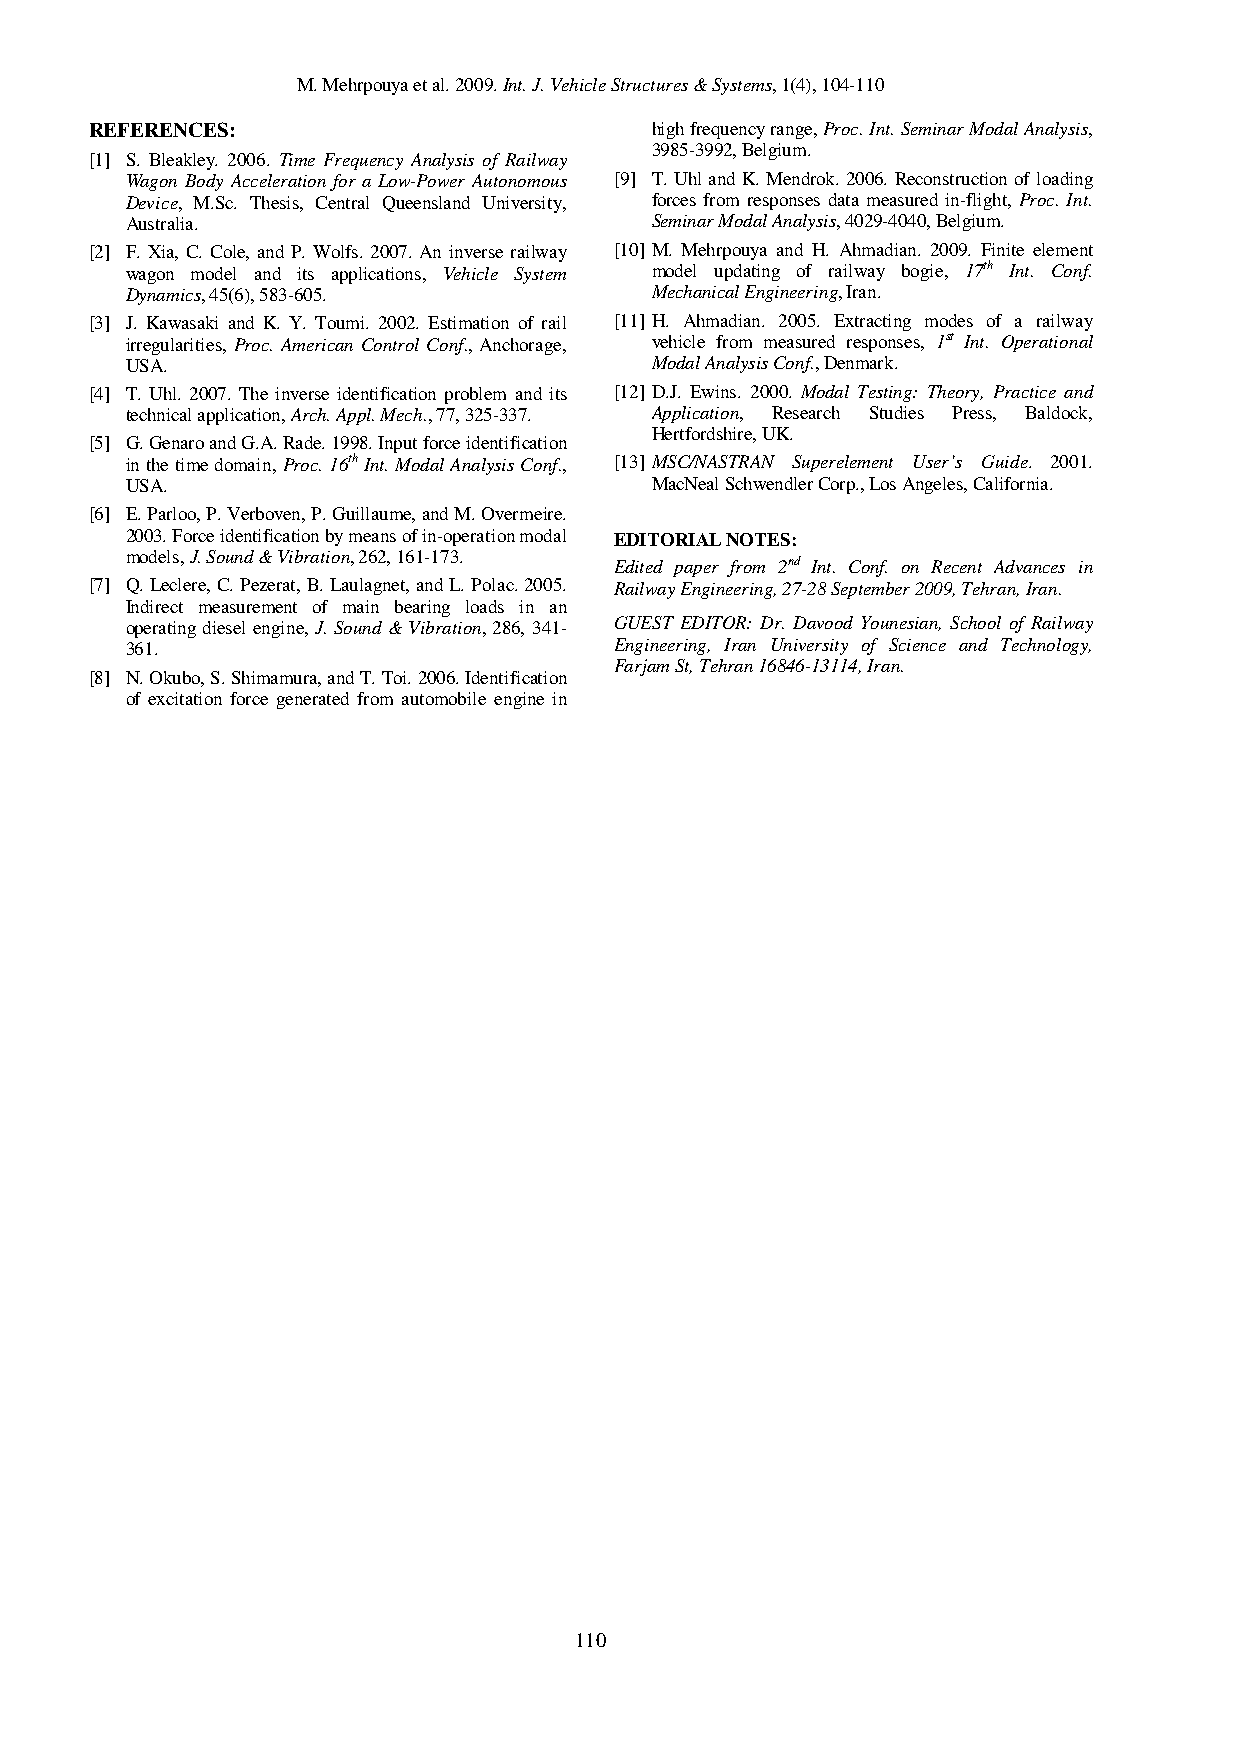
M. Mehrpouya et al. 2009. Int. J. Vehicle Structures & Systems, 1(4), 104-110
 REFERENCES:                          high frequency range, Proc. Int. Seminar Modal Analysis,
 3985-3992, Belgium.
 [1] S. Bleakley. 2006. Time Frequency Analysis of Railway
 Wagon Body Acceleration for a Low-Power Autonomous [9] T. Uhl and K. Mendrok. 2006. Reconstruction of loading
 Device, M.Sc. Thesis, Central Queensland University, forces from responses data measured in-flight, Proc. Int.
 Australia.                         Seminar Modal Analysis, 4029-4040, Belgium.
 [2] F. Xia, C. Cole, and P. Wolfs. 2007. An inverse railway [10] M. Mehrpouya and H. Ahmadian. 2009. Finite element
 wagon model and its applications, Vehicle System model updating of railway bogie, 17th Int. Conf.
 Dynamics, 45(6), 583-605.          Mechanical Engineering, Iran.
 [3] J. Kawasaki and K. Y. Toumi. 2002. Estimation of rail [11] H. Ahmadian. 2005. Extracting modes of a railway
 irregularities, Proc. American Control Conf., Anchorage, vehicle from measured responses, 1st Int. Operational
 USA.                               Modal Analysis Conf., Denmark.
 [4] T. Uhl. 2007. The inverse identification problem and its [12] D.J. Ewins. 2000. Modal Testing: Theory, Practice and
 technical application, Arch. Appl. Mech., 77, 325-337. Application, Research Studies Press, Baldock,
 Hertfordshire, UK.
 [5] G. Genaro and G.A. Rade. 1998. Input force identification
 in the time domain, Proc. 16th Int. Modal Analysis Conf., [13] MSC/NASTRAN Superelement User’s Guide. 2001.
 USA.                               MacNeal Schwendler Corp., Los Angeles, California.
 [6] E. Parloo, P. Verboven, P. Guillaume, and M. Overmeire.
 2003. Force identification by means of in-operation modal EDITORIAL NOTES:
 models, J. Sound & Vibration, 262, 161-173.
 Edited paper from 2nd Int. Conf. on Recent Advances in
 [7] Q. Leclere, C. Pezerat, B. Laulagnet, and L. Polac. 2005. Railway Engineering, 27-28 September 2009, Tehran, Iran.
 Indirect measurement of main bearing loads in an
 operating diesel engine, J. Sound & Vibration, 286, 341- GUEST EDITOR: Dr. Davood Younesian, School of Railway
 361.                             Engineering, Iran University of Science and Technology,
 Farjam St, Tehran 16846-13114, Iran.
 [8] N. Okubo, S. Shimamura, and T. Toi. 2006. Identification
 of excitation force generated from automobile engine in
 110